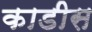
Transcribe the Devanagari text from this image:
काडीस